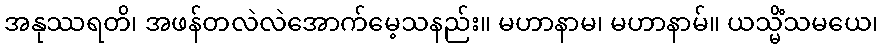
အနုဿရတိ၊ အဖန်တလဲလဲအောက်မေ့သနည်း။ မဟာနာမ၊ မဟာနာမ်။ ယသ္မိံသမယေ၊